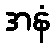
အနံ